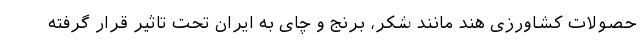
حصولات کشاورزی هند مانند شکر، برنج و چای به ایران تحت تاثیر قرار گرفته